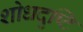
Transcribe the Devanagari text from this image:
शोधदृष्टि